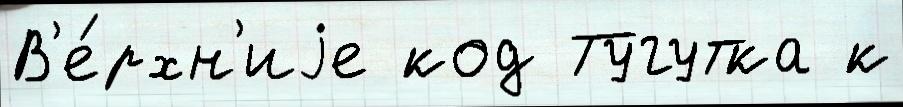
В'е́рхн'иjе код Тугутка к